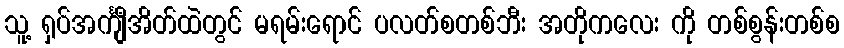
သူ့ ရှပ်အင်္ကျီအိတ်ထဲတွင် မရမ်းရောင် ပလတ်စတစ်ဘီး အတိုကလေး ကို တစ်စွန်းတစ်စ